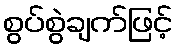
စွပ်စွဲချက်ဖြင့်